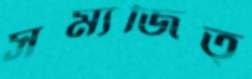
সম্যজিত্